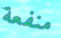
منفعة